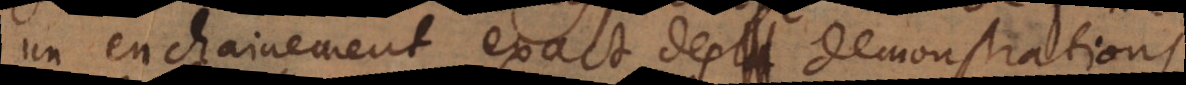
un enchainement exact des demonstrations